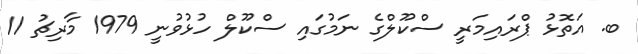
ބ. އަތޮޅު ޕްރައިމަރީ ސްކޫލްގެ ނަމުގައި ސްކޫލް ހުޅުވުނީ 1979 މާރިޗު 11